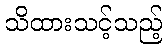
သိထားသင့်သည့်